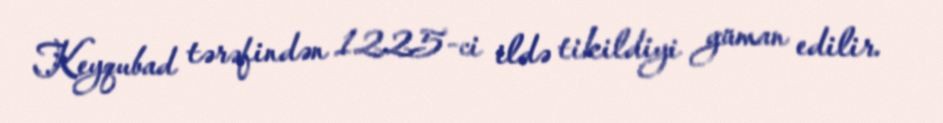
Keyqubad tərəfindən 1225-ci ildə tikildiyi güman edilir.